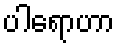
ပါရောဟာ